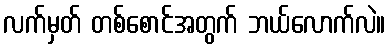
လက်မှတ် တစ်စောင်အတွက် ဘယ်လောက်လဲ။